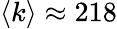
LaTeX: \langle k\rangle\approx 218